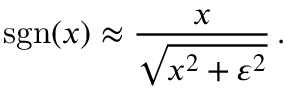
\ \operatorname { s g n } ( x ) \approx { \frac { x } { \sqrt { x ^ { 2 } + \varepsilon ^ { 2 } } } } \, .